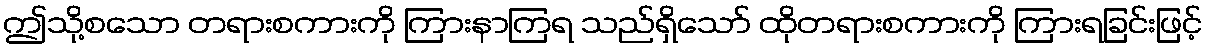
ဤသို့စသော တရားစကားကို ကြားနာကြရ သည်ရှိသော် ထိုတရားစကားကို ကြားရခြင်းဖြင့်